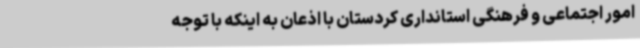
امور اجتماعی و فرهنگی استانداری کردستان با اذعان به اینکه با توجه